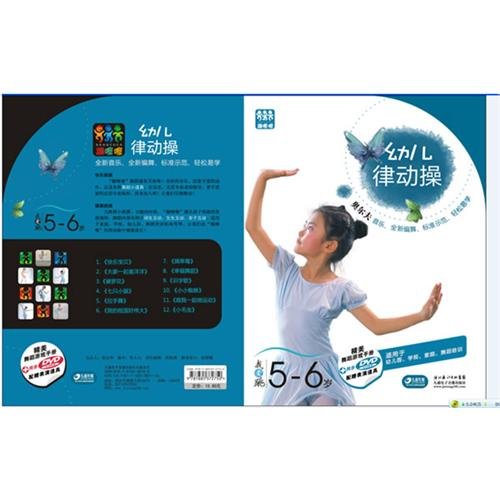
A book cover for I Love Dancing---Rhythmic Gymnastics for 5-to-6-year-old Children---beautiful dancing manual+synchronized DVD+performing properties (Chinese Edition); ben she; Sports & Outdoors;